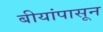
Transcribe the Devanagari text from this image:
बीयांपासून